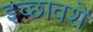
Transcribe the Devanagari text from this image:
इच्छावशें